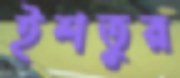
ইশতুর